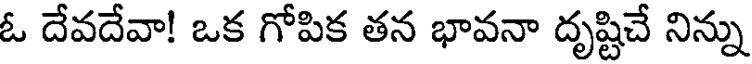
ఓ దేవదేవా! ఒక గోపిక తన భావనా దృష్టిచే నిన్ను